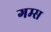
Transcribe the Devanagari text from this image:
गम्स